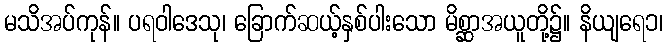
မသိအပ်ကုန်။ ပရဝါဒေသု၊ ခြောက်ဆယ့်နှစ်ပါးသော မိစ္ဆာအယူတို့၌။ နိယျရေ၁၊